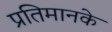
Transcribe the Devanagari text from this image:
प्रतिमानके